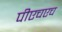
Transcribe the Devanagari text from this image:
पीएचएच